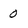
Character: 0